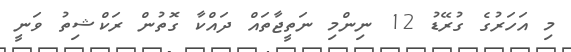
މި އަހަރުގެ ގުރޭޑު 12 ނިންމި ނަތީޖާތައް ދައްކާ ގޮތުން ރަކްޝިތު ވަނީ